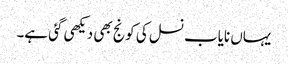
یہاں نایاب نسل کی کونج بھی دیکھی گئی ہے۔